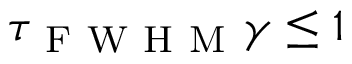
\tau _ { \mathrm { ~ F ~ W ~ H ~ M ~ } } \gamma \leq 1